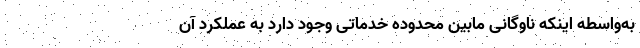
به‌واسطه اینکه ناوگانی مابین محدوده خدماتی وجود دارد به عملکرد آن